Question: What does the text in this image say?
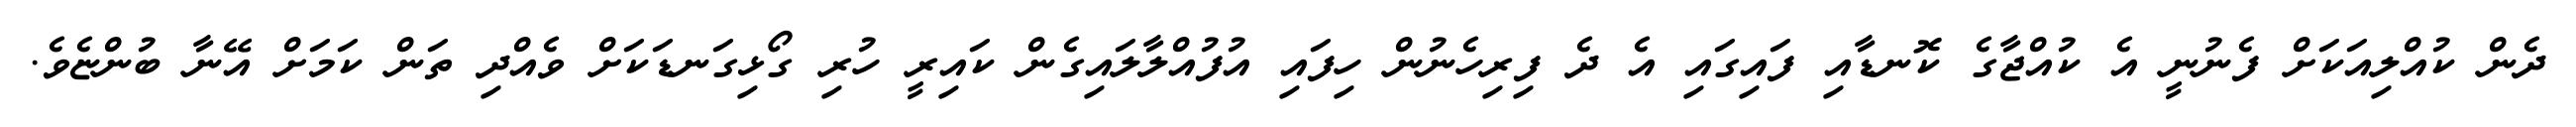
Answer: ދެން ކުއްލިއަކަށް ފެނުނީ އެ ކުއްޖާގެ ކޮނޑާއި ފައިގައި އެ ދެ ފިރިހެނުން ހިފައި އުފުއްލާލައިގެން ކައިރީ ހުރި ގޯޅިގަނޑަކަށް ވެއްދި ތަން ކަމަށް އޭނާ ބުންޏެވެ.